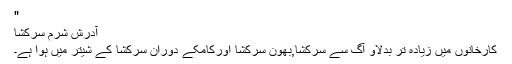
"
آدرش شرم سرکشا
کارخانوں میں زیادہ تر بدلاؤ آگ سے سرکشا,بھون سرکشا اورکامکے دوران سرکشا کے شیتر میں ہوا ہے۔